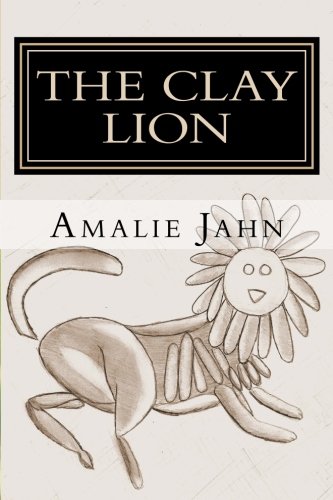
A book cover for The Clay Lion (The Clay Lion Series) (Volume 1); Amalie Jahn; Science Fiction & Fantasy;